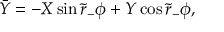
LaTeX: \bar { Y } = - X \sin \tilde { r } _ { - } \phi + Y \cos \tilde { r } _ { - } \phi ,